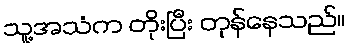
သူ့အသံက တိုးပြီး တုန်နေသည်။